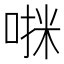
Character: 𫪷